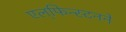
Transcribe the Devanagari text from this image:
एल्‌फिन्स्टनने